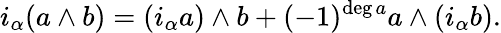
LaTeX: i_{\alpha}(a\wedge b)=(i_{\alpha}a)\wedge b+(-1)^{\deg a}a\wedge(i_{\alpha}b).